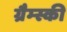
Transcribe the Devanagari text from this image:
ग्रैम्स्की